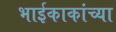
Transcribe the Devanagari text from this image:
भाईकाकांच्या